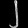
Digit: ၂